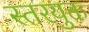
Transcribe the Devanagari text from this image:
स्तरयुक्त